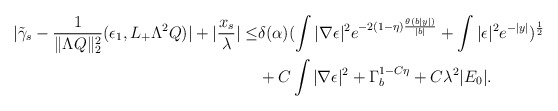
\begin{align*}\begin{aligned}|\tilde{\gamma}_{s}-\frac{1}{\|\Lambda Q\|_{2}^{2}}(\epsilon_{1},L_{+}\Lambda^{2}Q)|+|\frac{x_{s}}{\lambda}|\leq&\delta(\alpha)(\int |\nabla \epsilon|^{2}e^{-2(1-\eta)\frac{\theta(b|y|)}{|b|}}+\int|\epsilon|^{2}e^{-|y|})^{\frac{1}{2}}\\&+C\int |\nabla\epsilon|^{2}+\Gamma_{b}^{1-C\eta}+C\lambda^{2}|E_{0}|.\end{aligned}\end{align*}